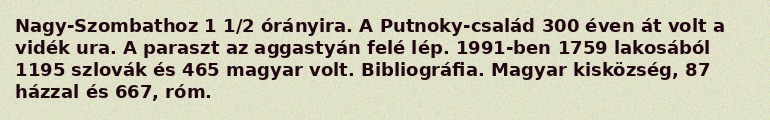
Nagy-Szombathoz 1 1/2 órányira. A Putnoky-család 300 éven át volt a vidék ura. A paraszt az aggastyán felé lép. 1991-ben 1759 lakosából 1195 szlovák és 465 magyar volt. Bibliográfia. Magyar kisközség, 87 házzal és 667, róm.